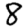
Digit: 8